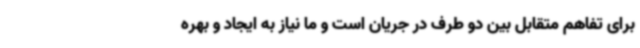
برای تفاهم متقابل بین دو طرف در جریان است و ما نیاز به ایجاد و بهره